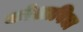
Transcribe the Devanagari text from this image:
कोशाविद्या